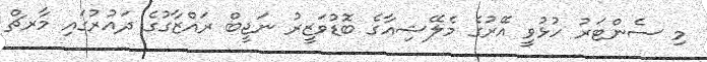
މި ސެންޓަރު ހުޅުވީ އޭރުގެ މެލޭޝިއާގެ ބޮޑުވަޒީރު ނަޖީބް ރައްޒާގުގެ ދައުރުުގައި މާރޗް